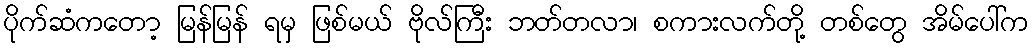
ပိုက်ဆံကတော့ မြန်မြန် ရမှ ဖြစ်မယ် ဗိုလ်ကြီး ဘတ်တလာ၊ စကားလက်တို့ တစ်တွေ အိမ်ပေါ်က